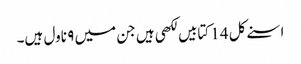
اسنے کل 14 کتابیں لکھی ہیں جن میں ۹ ناول ہیں۔